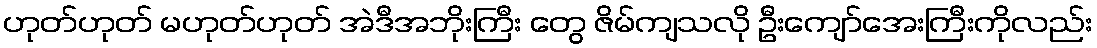
ဟုတ်ဟုတ် မဟုတ်ဟုတ် အဲဒီအဘိုးကြီး တွေ ဇိမ်ကျသလို ဦးကျော်အေးကြီးကိုလည်း